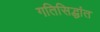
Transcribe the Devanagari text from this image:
गतिसिद्धांत